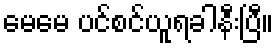
မေမေ ပင်စင်ယူရခါနီးပြီ။